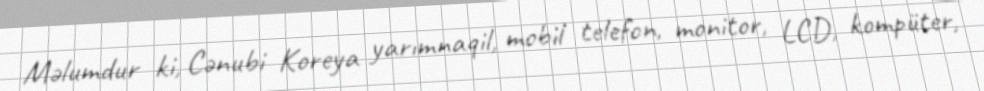
Məlumdur ki, Cənubi Koreya yarımnaqil, mobil telefon, monitor, LCD, kompüter,